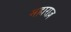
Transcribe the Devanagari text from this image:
महाराज़